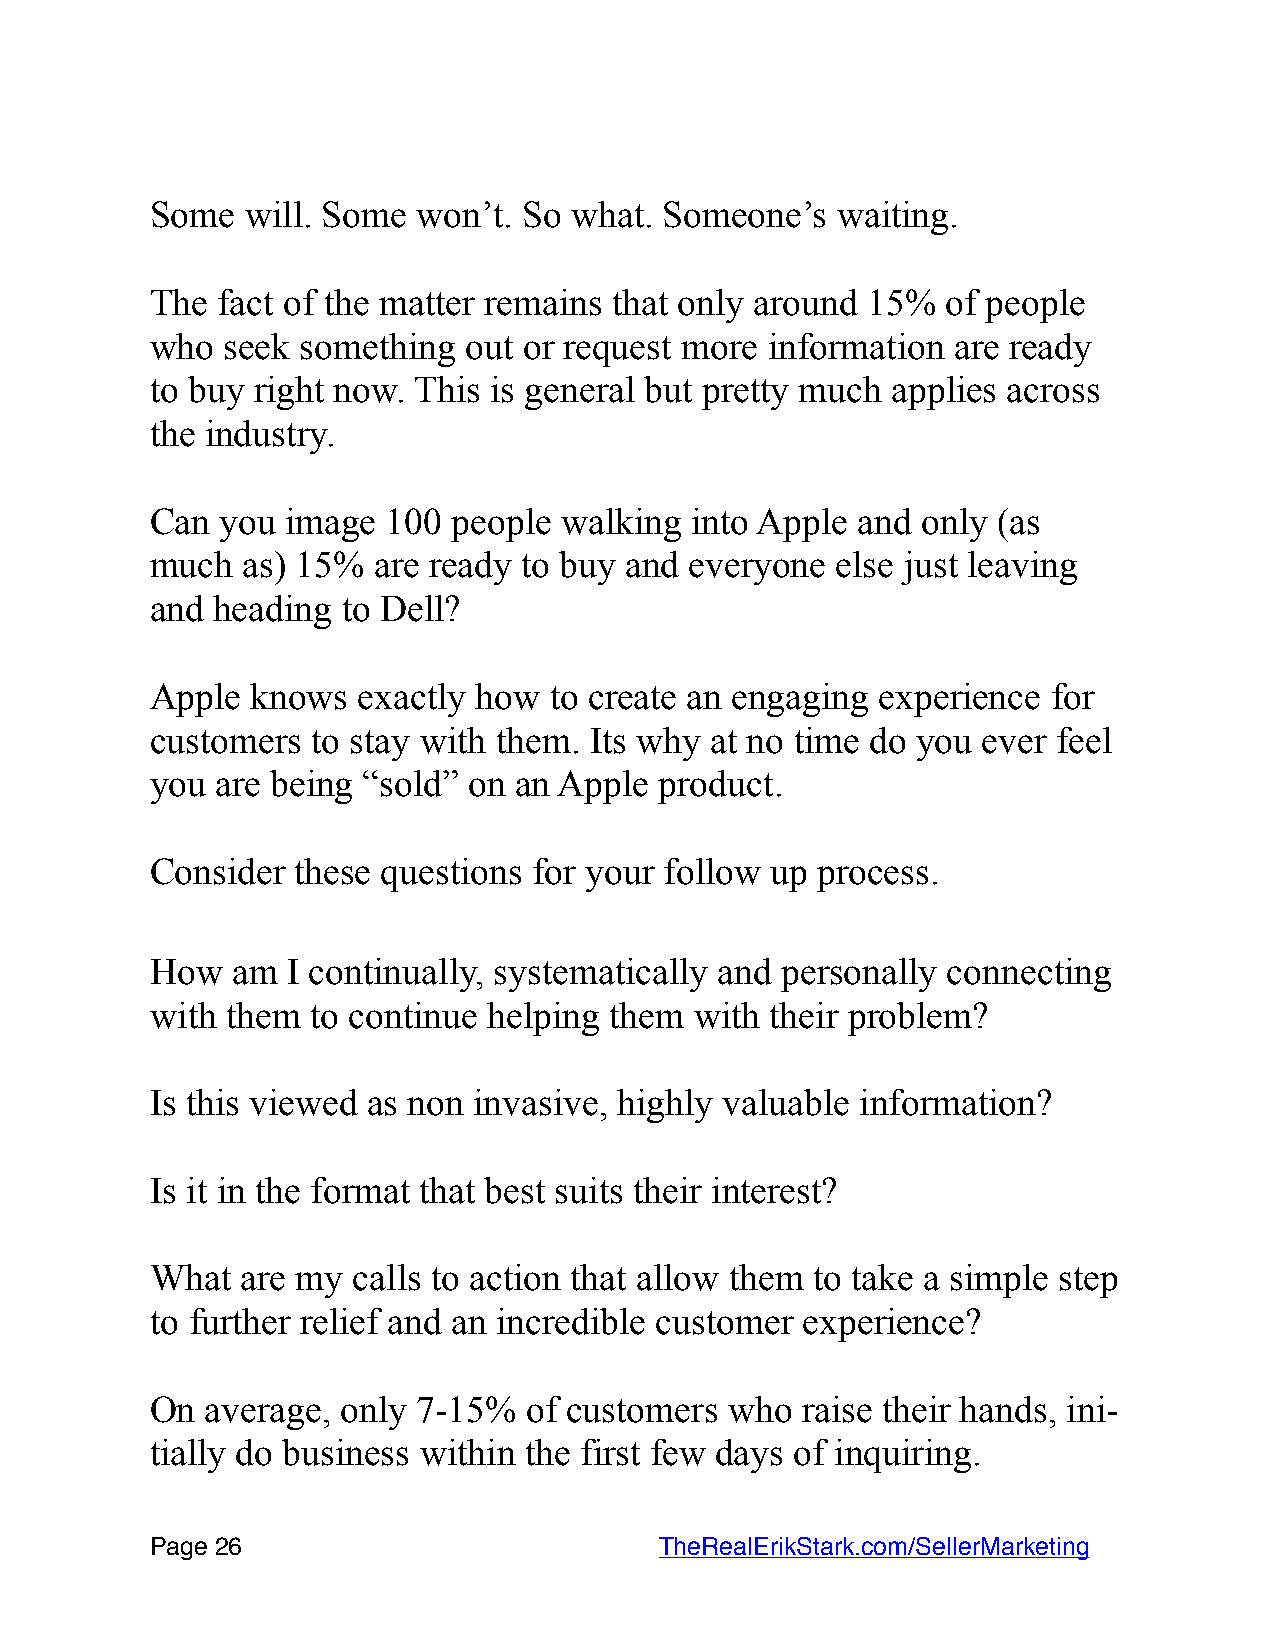
Some  will. Some  won’t. So what. Someone’s  waiting.
 The fact of the matter remains that only around 15%  of people
 who  seek something  out or request more information are ready
 to buy right now. This is general but pretty much applies across
 the industry.
 Can  you image  100 people walking  into Apple and only (as
 much  as) 15%  are ready to buy and everyone else just leaving
 and heading  to Dell?
 Apple  knows  exactly how to create an engaging experience  for
 customers  to stay with them. Its why at no time do you ever feel
 you are being “sold” on an Apple  product.
 Consider  these questions for your follow up process.
 How  am  I continually, systematically and personally connecting
 with them  to continue helping them with their problem?
 Is this viewed as non invasive, highly valuable information?
 Is it in the format that best suits their interest?
 What  are my calls to action that allow them to take a simple step
 to further relief and an incredible customer experience?
 On  average, only 7-15%  of customers who  raise their hands, ini-
 tially do business within the first few days of inquiring.
 Page 2 6                         TheRealErikStark.com/SellerMarketing